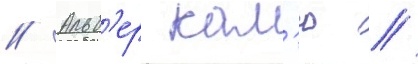
// Альб'ер кам'ю //